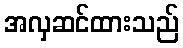
အလှဆင်ထားသည်